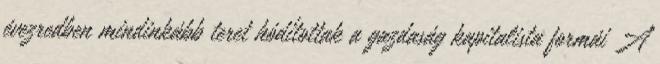
évezredben mindinkább teret hódítottak a gazdaság kapitalista formái A